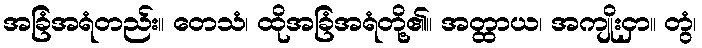
အခြံအရံတည်း။ တေသံ၊ ထိုအခြံအရံတို့၏။ အတ္ထာယ၊ အကျိုးငှာ။ တွံ၊